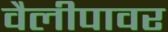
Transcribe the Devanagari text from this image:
वैलीपावर